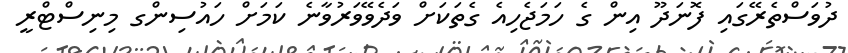
ދުވަސްތެރޭގައި ފޮނަދޫ އިން ގެ ހަމަޖެހިއެ ގެތަކަށް ވަދެވޭވަރުވާނެ ކަމަށް ހައުސިންގ މިނިސްޓްރީ